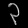
Digit: ၃